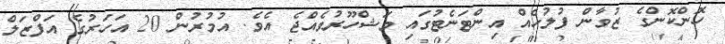
ހޮންކޮންގެ ޒުވާން ފުލުހެއް އިންޓަނެޓުގައި މަޝްހޫރުވެއްޖެ އެވެ. އުމުރުން 20 އަހަރުގެ އަފްޒަލް